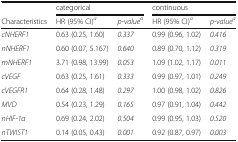
<table><thead><tr><td></td><td colspan="2"><b>categorical</b></td><td colspan="2"><b>continuous</b></td></tr><tr><td><b>Characteristics</b></td><td><b>HR (95% CI)<sup><i>a</i></sup></b></td><td><b><i>p-value</i><sup><i>a</i></sup></b></td><td><b>HR (95% CI)<sup><i>a</i></sup></b></td><td><b><i>p-value</i><sup><i>a</i></sup></b></td></tr></thead><tbody><tr><td><i>cNHERF1</i></td><td>0.63 (0.25, 1.60)</td><td><i>0.337</i></td><td>0.99 (0.96, 1.02)</td><td><i>0.416</i></td></tr><tr><td><i>nNHERF1</i></td><td>0.60 (0.07, 5.167)</td><td><i>0.640</i></td><td>0.89 (0.70, 1.12)</td><td><i>0.319</i></td></tr><tr><td><i>mNHERF1</i></td><td>3.71 (0.98, 13.99)</td><td><i>0.053</i></td><td>1.09 (1.02, 1.17)</td><td><i>0.011</i></td></tr><tr><td><i>cVEGF</i></td><td>0.63 (0.25, 1.61)</td><td><i>0.333</i></td><td>0.99 (0.97, 1.01)</td><td><i>0.249</i></td></tr><tr><td><i>cVEGFR1</i></td><td>0.64 (0.28, 1.48)</td><td><i>0.297</i></td><td>1.00 (0.98, 1.02)</td><td><i>0.826</i></td></tr><tr><td><i>MVD</i></td><td>0.54 (0.23, 1.29)</td><td><i>0.165</i></td><td>0.97 (0.91, 1.04)</td><td><i>0.442</i></td></tr><tr><td><i>nHIF-1α</i></td><td>0.69 (0.24, 2.02)</td><td><i>0.504</i></td><td>0.99 (0.95, 1.03)</td><td><i>0.520</i></td></tr><tr><td><i>nTWIST1</i></td><td>0.14 (0.05, 0.43)</td><td><i>0.001</i></td><td>0.92 (0.87, 0.97)</td><td><i>0.003</i></td></tr></tbody></table>